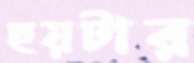
ছয়টার